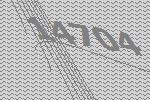
14704